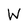
Character: W